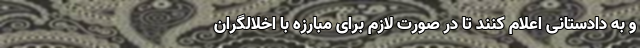
و به دادستانی اعلام کنند تا در صورت لازم برای مبارزه با اخلالگران